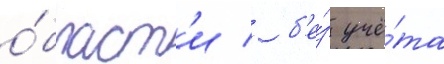
о́бласт'и / б'е́з учё́та